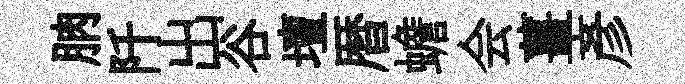
朒阡出谷壇暦蟾会薑彦